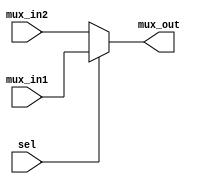
module mux_assign
(input wire mux_in1, mux_in2, sel,
output reg mux_out);

assign mux_out = (sel) ? mux_in1 : mux_in2;
endmodule